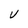
Character: V